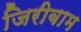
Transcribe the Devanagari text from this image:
जिरीबाम